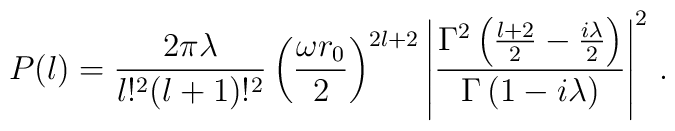
P(l) = \frac{2\pi \lambda}{l!^2(l+1)!^2} \left( \frac{\omega r_0}{2}\right)^{2l+2} \left| \frac{\Gamma^2 \left( \frac{l+2}{2} - \frac{i\lambda }{2}\right)}{\Gamma \left( 1-i\lambda\right)} \right|^2\,.